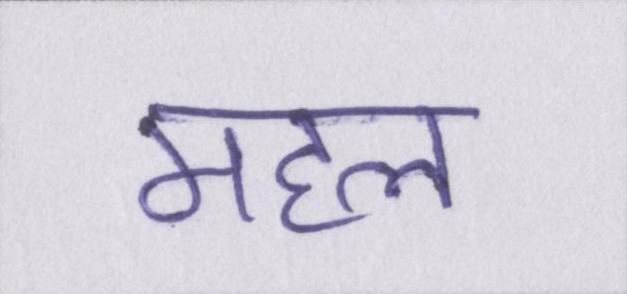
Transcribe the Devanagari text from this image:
महल